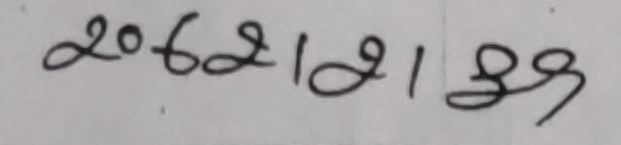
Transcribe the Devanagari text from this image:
२०६२।२।४९